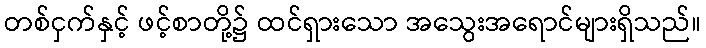
တစ်ငှက်နှင့် ဖင့်စာတို့၌ ထင်ရှားသော အသွေးအရောင်များရှိသည်။